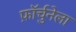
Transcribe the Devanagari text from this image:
फ़ॉर्चुनेला